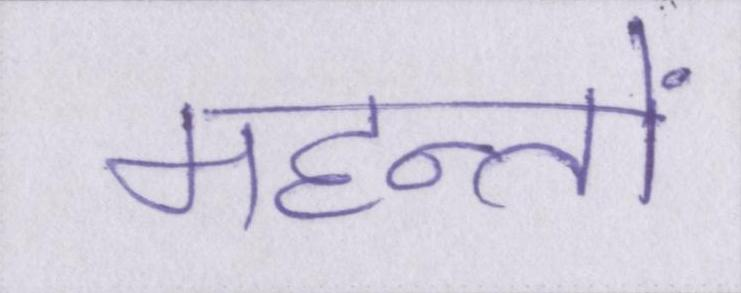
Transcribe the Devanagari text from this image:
महन्तों